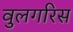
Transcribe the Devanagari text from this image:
वुलगरिस